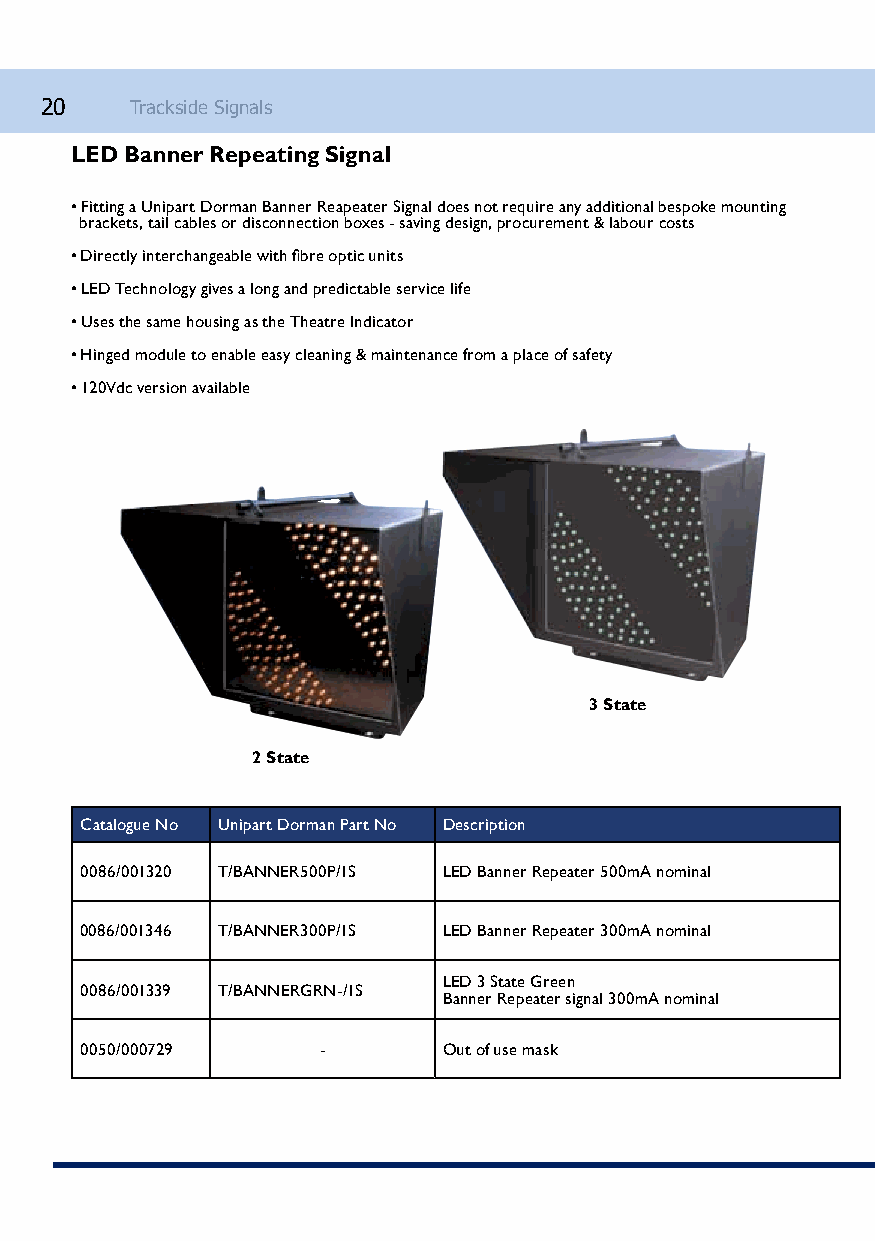
20    Trackside Signals
 LED Banner Repeating Signal
 • Fitting a Unipart Dorman Banner Reapeater Signal does not require any additional bespoke mounting
 brackets, tail cables or disconnection boxes - saving design, procurement & labour costs
 • Directly interchangeable with fibre optic units
 • LED Technology gives a long and predictable service life
 • Uses the same housing as the Theatre Indicator
 • Hinged module to enable easy cleaning & maintenance from a place of safety
 • 120Vdc version available
 3 State
 2 State
 Catalogue No Unipart Dorman Part No Description
 0086/001320 T/BANNER500P/1S LED Banner Repeater 500mA nominal
 0086/001346 T/BANNER300P/1S LED Banner Repeater 300mA nominal
 LED 3 State Green
 0086/001339 T/BANNERGRN-/1S
 Banner Repeater signal 300mA nominal
 0050/000729     -       Out of use mask